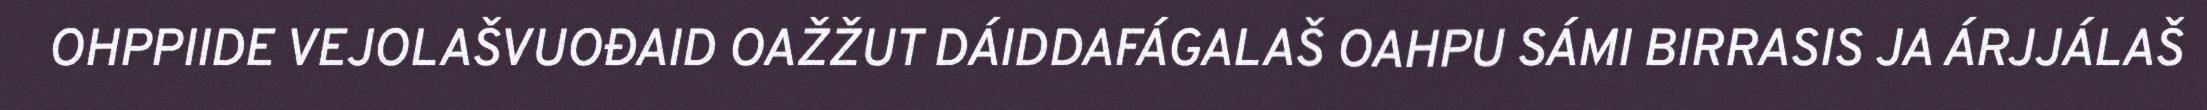
OHPPIIDE VEJOLAŠVUOĐAID OAŽŽUT DÁIDDAFÁGALAŠ OAHPU SÁMI BIRRASIS JA ÁRJJÁLAŠ